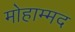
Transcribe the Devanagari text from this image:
मोहाम्मद